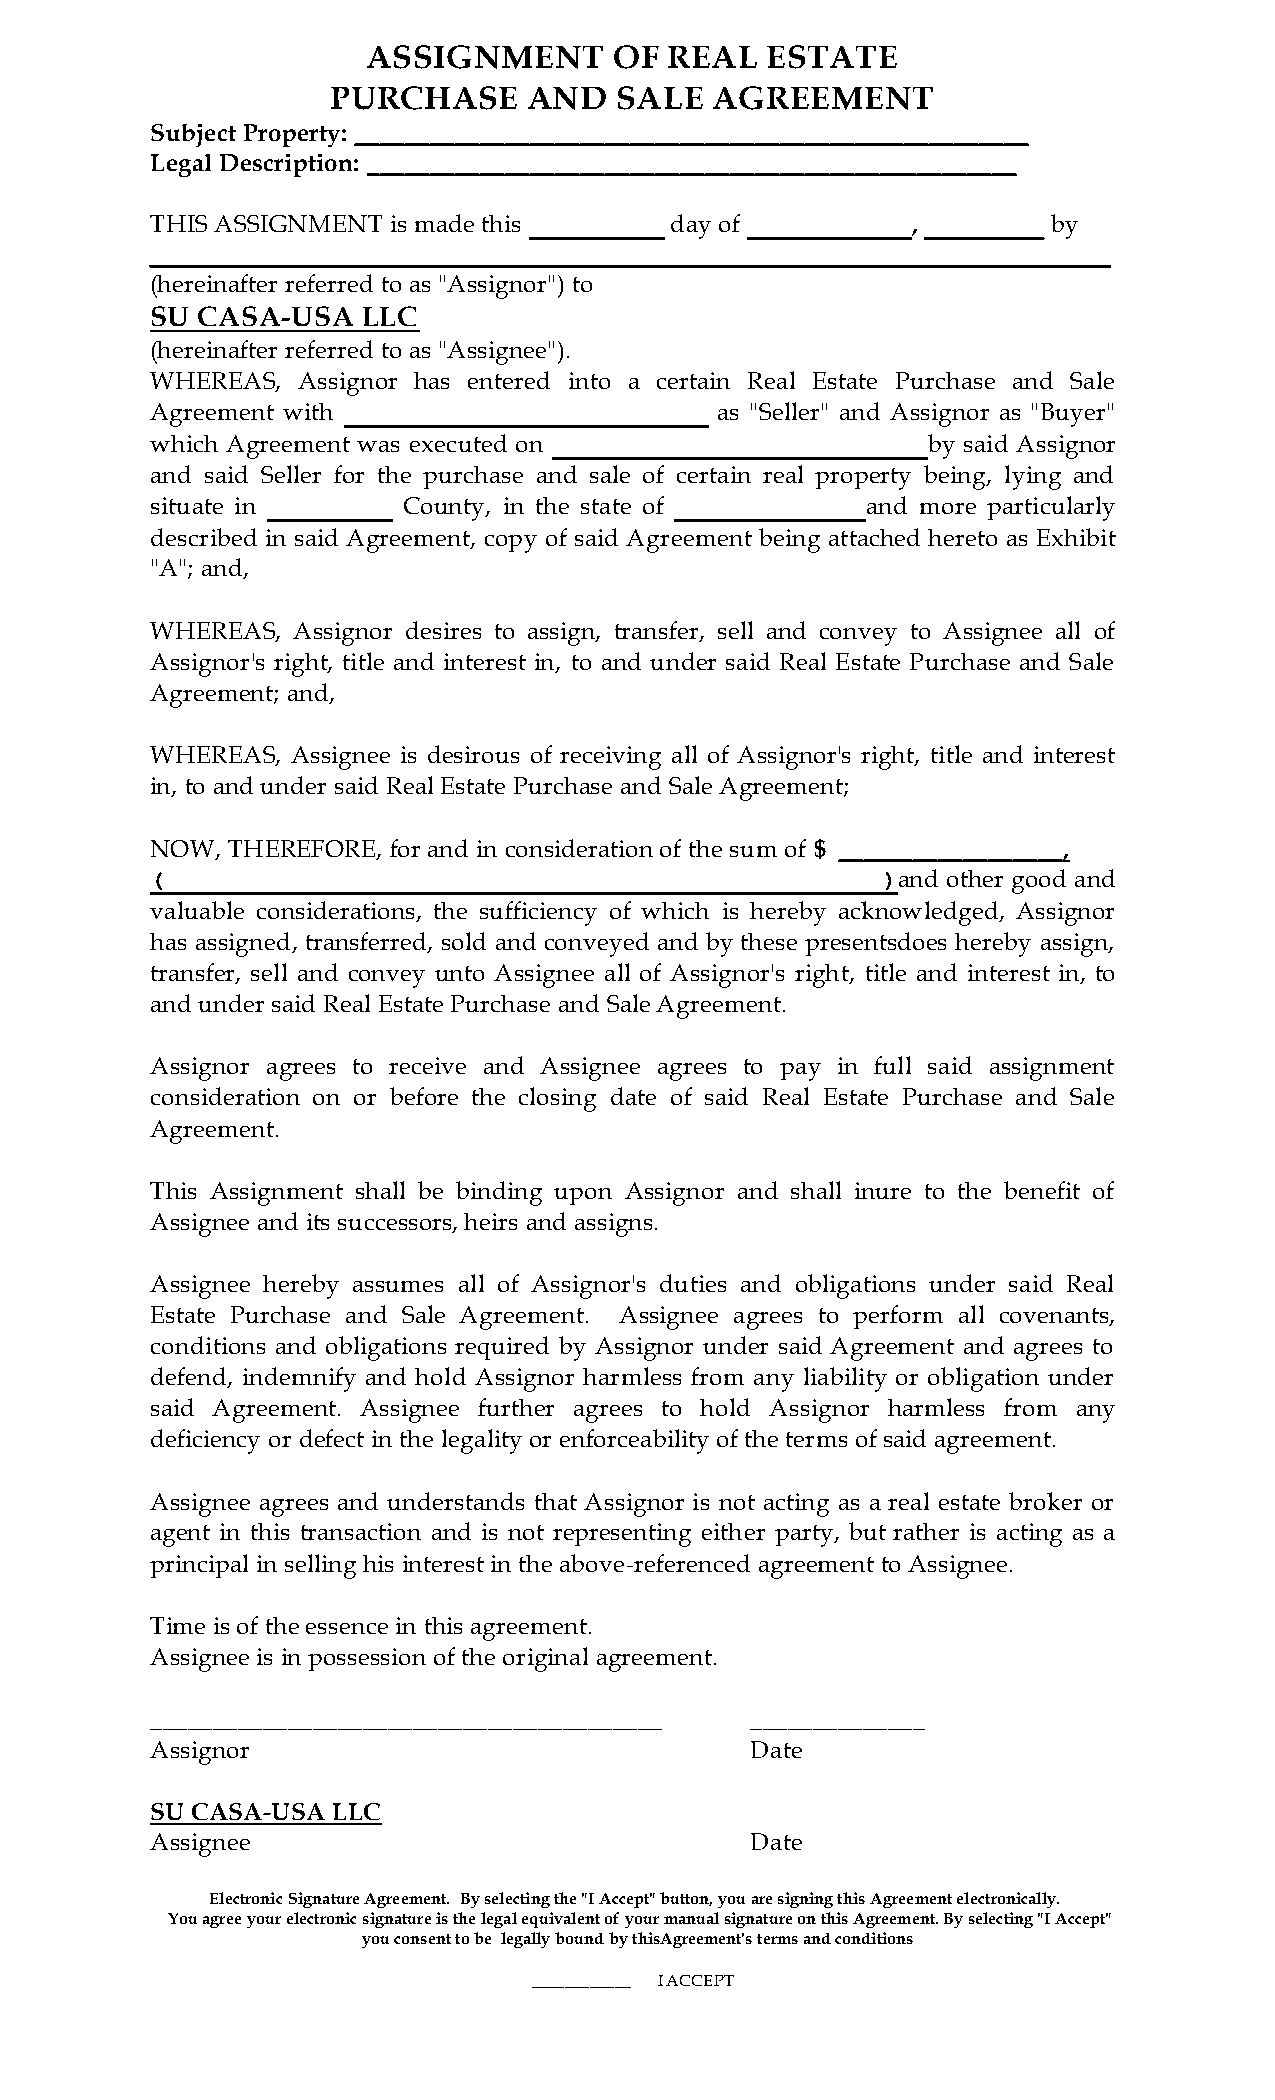
ASSIGNMENT       OF REAL   ESTATE
 PURCHASE     AND   SALE  AGREEMENT
 Subject Property: ______________________________________________________
 Legal Description: ____________________________________________________
 THIS ASSIGNMENT is made this      day of          ,       _ by
 ________________________________________________________________
 (hereinafter referred to as "Assignor") to
 SU CASA-USA   LLC
 (hereinafter referred to as "Assignee").
 WHEREAS,  Assignor has entered into a certain Real Estate Purchase and Sale
 Agreement with                   ____ as "Seller" and Assignor as "Buyer"
 which Agreement was executed on                    by said Assignor
 and said Seller for the purchase and sale of certain real property being, lying and
 situate in    __ County, in the state of       and more particularly
 described in said Agreement, copy of said Agreement being attached hereto as Exhibit
 "A"; and,
 WHEREAS, Assignor desires to assign, transfer, sell and convey to Assignee all of
 Assignor's right, title and interest in, to and under said Real Estate Purchase and Sale
 Agreement; and,
 WHEREAS, Assignee is desirous of receiving all of Assignor's right, title and interest
 in, to and under said Real Estate Purchase and Sale Agreement;
 NOW, THEREFORE, for and in consideration of the sum of $ __________________,
 (                                               )and other good and
 valuable considerations, the sufficiency of which is hereby acknowledged, Assignor
 has assigned, transferred, sold and conveyed and by these presentsdoes hereby assign,
 transfer, sell and convey unto Assignee all of Assignor's right, title and interest in, to
 and under said Real Estate Purchase and Sale Agreement.
 Assignor agrees to receive and Assignee agrees to pay in full said assignment
 consideration on or before the closing date of said Real Estate Purchase and Sale
 Agreement.
 This Assignment shall be binding upon Assignor and shall inure to the benefit of
 Assignee and its successors, heirs and assigns.
 Assignee hereby assumes all of Assignor's duties and obligations under said Real
 Estate Purchase and Sale Agreement. Assignee agrees to perform all covenants,
 conditions and obligations required by Assignor under said Agreement and agrees to
 defend, indemnify and hold Assignor harmless from any liability or obligation under
 said Agreement. Assignee further agrees to hold Assignor harmless from any
 deficiency or defect in the legality or enforceability of the terms of said agreement.
 Assignee agrees and understands that Assignor is not acting as a real estate broker or
 agent in this transaction and is not representing either party, but rather is acting as a
 principal in selling his interest in the above-referenced agreement to Assignee.
 Time is of the essence in this agreement.
 Assignee is in possession of the original agreement.
 _________________________________________ ______________
 Assignor                                Date
 SU CASA-USA LLC
 Assignee                                Date
 Electronic Signature Agreement. By selecting the "I Accept" button, you are signing this Agreement electronically.
 You agree your electronic signature is the legal equivalent of your manual signature on this Agreement. By selecting "I Accept"
 you consent to be legally bound by thisAgreement's terms and conditions
 ____________ I ACCEPT